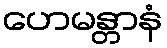
ဟေမန္တာနံ